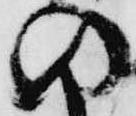
の